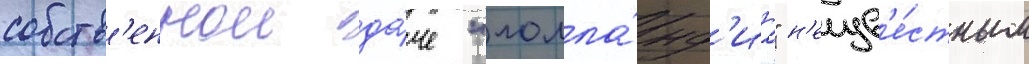
собств'еннои да́че "голла́нд'иа" н'еизв'е́стным